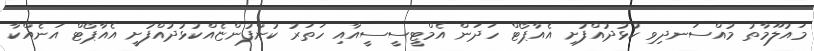
މައުލޫމާތު މުއްސަނދިވި ކުޅުދުއްފުށި އެއާޕޯޓް ހަދަން އެމްޓީސީސީއާއި ހަތަރު ކުންފުންޏެއްކުޅުދުއްފުށީ އެއާޕޯޓް އަނެއްކާ